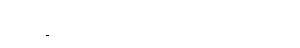
မောင်ရွှေဝါက မျက်မှောင်ကြုတ်လိုက်သည်။